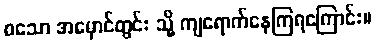
စသော အမှောင်တွင်း သို့ ကျရောက်နေကြရကြောင်း။